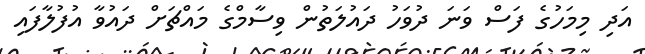
އަދި މިމަހުގެ ފަސް ވަނަ ދުވަހު ދައުލަތުން ވިސާމްގެ މައްޗަށް ދައުވާ އުފުލާފައި